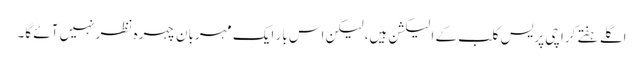
اگلے ہفتے کراچی پریس کلب کے الیکشن ہیں، لیکن اس بار ایک مہربان چہرہ نظر نہیں آئے گا۔